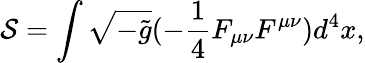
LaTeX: {\cal S}=\int\sqrt{-\tilde{g}}(-\frac{1}{4}F_{\mu\nu}F^{\mu\nu})d^{4}x,